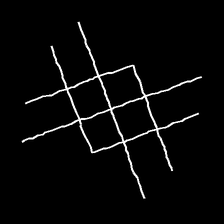
Glyph: crystal